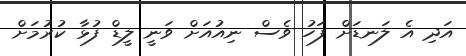
އަދި އެ ލަނޑަށް ފަހު ވެސް ނިއުއަށް ވަނީ ލީޑް ފުޅާ ކުރުމަށް